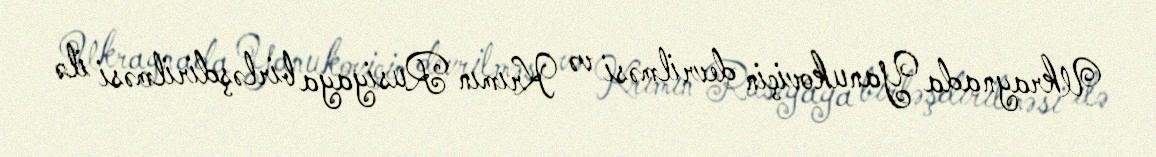
Ukraynada Yanukoviçin devrilməsi və Krımın Rusiyaya birləşdirilməsi ilə